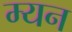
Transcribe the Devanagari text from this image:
म्यन